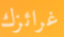
غرائزك